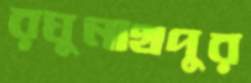
রঘুনাথপুর